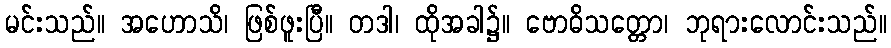
မင်းသည်။ အဟောသိ၊ ဖြစ်ဖူးပြီ။ တဒါ၊ ထိုအခါ၌။ ဗောဓိသတ္တော၊ ဘုရားလောင်းသည်။